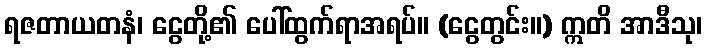
ရဇတာယတနံ၊ ငွေတို့၏ ပေါ်ထွက်ရာအရပ်။ (ငွေတွင်း။) ဣတိ အာဒီသု၊